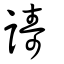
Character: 譸